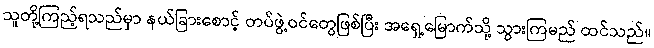
သူတို့ကြည့်ရသည်မှာ နယ်ခြားစောင့် တပ်ဖွဲ့ဝင်တွေဖြစ်ပြီး အရှေ့မြောက်သို့ သွားကြမည် ထင်သည်။